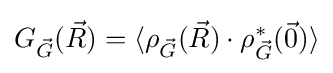
G_{\vec {G}}({\vec {R}})=\langle \rho _{\vec {G}}({\vec {R}})\cdot \rho _{\vec {G}}^{\ast }({\vec {0}})\rangle